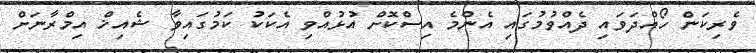
ވެރިކަން ހޯއްދަވައި ދެއްވުމުގައި އެންމެ އިސްކޮށް އުޅުއްވި އެކަކު ކަމުގައިވާ ޝެއިޚް އިމްރާނަށް